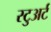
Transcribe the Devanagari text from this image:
स्‍टुअर्ट